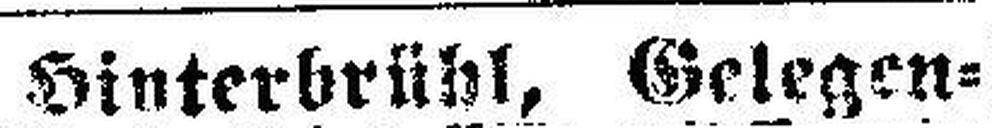
Hinterbrühl, Gelegen¬